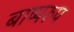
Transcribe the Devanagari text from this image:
बाष्परूप